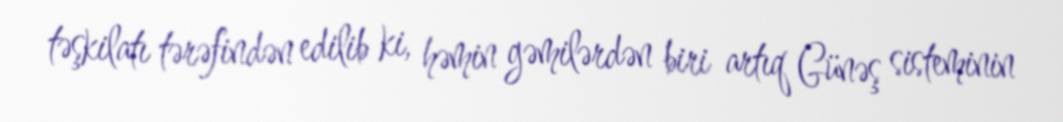
təşkilatı tərəfindən edilib ki, həmin gəmilərdən biri artıq Günəş sisteminin